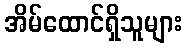
အိမ်ထောင်ရှိသူများ